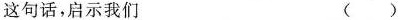
这句话，启示我们 ()